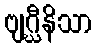
ဗျဂ္ဃီနိသာ